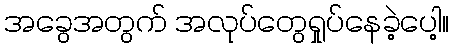
အခွေအတွက် အလုပ်တွေရှုပ်နေခဲ့ပေါ့။